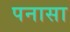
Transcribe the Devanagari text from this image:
पनासा